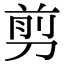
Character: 剪